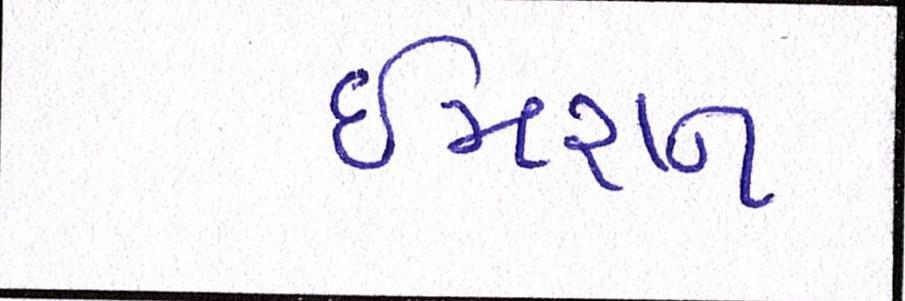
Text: ઈમરાન